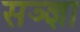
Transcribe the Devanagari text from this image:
सञ्ज्ञा